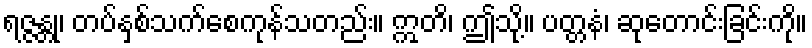
ရဇ္ဇန္တု၊ တပ်နှစ်သက်စေကုန်သတည်း။ ဣတိ၊ ဤသို့။ ပတ္တနံ၊ ဆုတောင်းခြင်းကို။